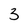
Character: 3